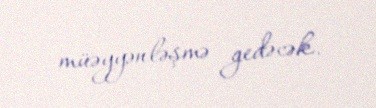
müəyyənləşmə gedəcək.